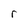
Character: r